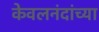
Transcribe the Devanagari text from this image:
केवलनंदांच्या